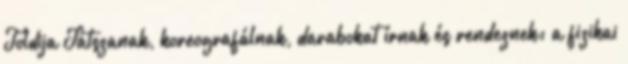
Toldija Játszanak, koreografálnak, darabokat írnak és rendeznek: a fizikai